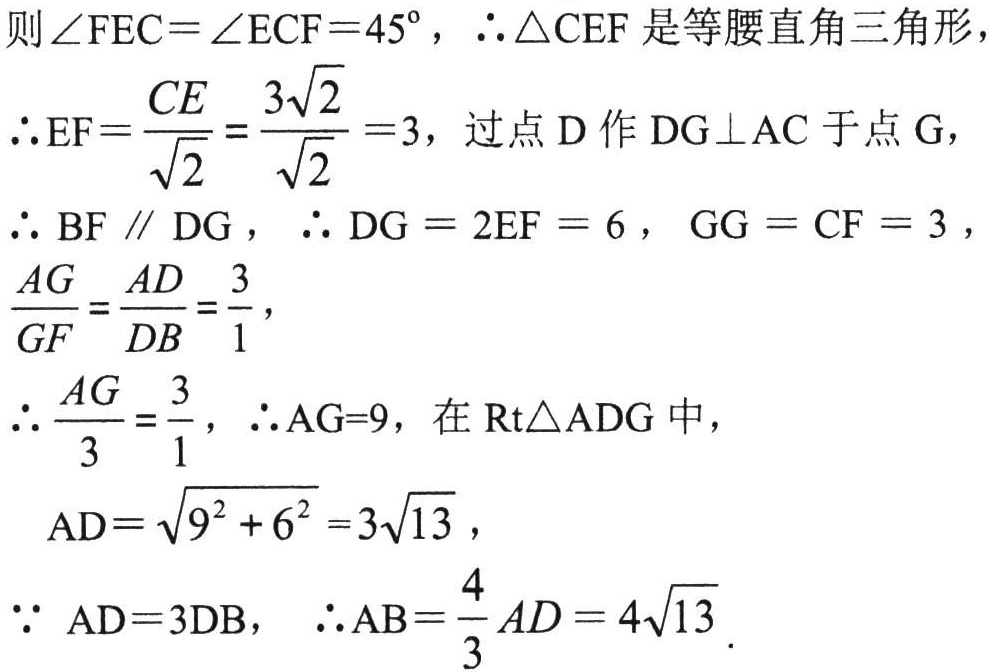
则\(\angle FEC = \angle ECF = 45^{\circ}\)，\(\therefore \triangle CEF\)是等腰直角三角形，

\(\therefore EF = \frac{CE}{\sqrt{2}} = \frac{3\sqrt{2}}{\sqrt{2}} = 3\)，过点\(D\)作\(DG\perp AC\)于点\(G\)，

\(\therefore BF\parallel DG\)，\(\therefore DG = 2EF = 6\)，\(GG = CF = 3\)，

\(\frac{AG}{GF} = \frac{AD}{DB} = \frac{3}{1}\)，

\(\therefore \frac{AG}{3} = \frac{3}{1}\)，\(\therefore AG = 9\)，在\(\text{Rt}\triangle ADG\)中，

\(AD = \sqrt{9^{2} + 6^{2}} = 3\sqrt{13}\)，

\(\because AD = 3DB\)，\(\therefore AB = \frac{4}{3}AD = 4\sqrt{13}\)．